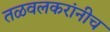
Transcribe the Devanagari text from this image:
तळवलकरांनीच